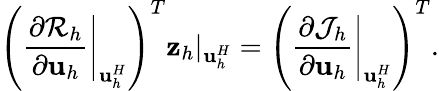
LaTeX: \left(\left.\frac{\partial\mathcal R_{h}}{\partial\mathbf{u}_{h}}\right|_{\mathbf{u}_{h}^{H}}\right)^{T}\mathbf{z}_{h}|_{\mathbf{u}_{h}^{H}}=\left(\left.\frac{\partial\mathcal J_{h}}{\partial\mathbf{u}_{h}}\right|_{\mathbf{u}_{h}^{H}}\right)^{T}.